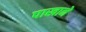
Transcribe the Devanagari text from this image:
पाखाने